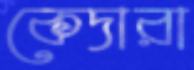
কেদারা